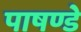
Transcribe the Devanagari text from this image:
पाषण्डे